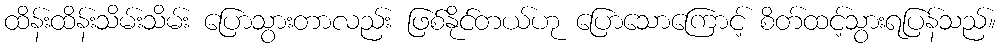
ထိန်းထိန်းသိမ်းသိမ်း ပြောသွားတာလည်း ဖြစ်နိုင်တယ်ဟု ပြောသောကြောင့် စိတ်ထင့်သွားရပြန်သည်။